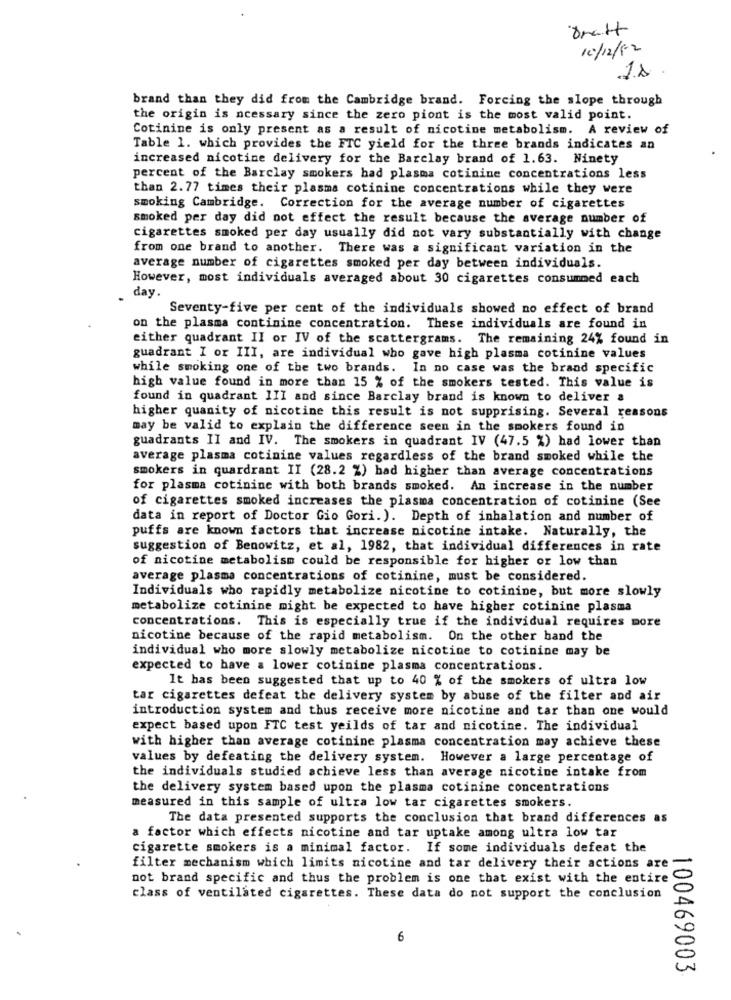
10/12/12
brand than they did from the Cambridge brand. Forcing the slope through
the origin is ncessary since the zero piont is the most valid point.
Cotinine is only present as a result of nicotine metabolism. A review of
Table 1. which provides the FTC yield for the three brands indicates an
increased nicotine delivery for the Barclay brand of 1.63. Ninety
percent of the Barclay smokers had plasma cotinine concentrations less
than 2.77 times their plasma cotinine concentrations while they were
smoking Cambridge. Correction for the average number of cigarettes
smoked per day did not effect the result because the average number of
cigarettes smoked per day usually did not vary substantially with change
from one brand to another. There was a significant variation in the
average number of cigarettes smoked per day between individuals.
However, most individuals averaged about 30 cigarettes consummed each
day.
Seventy-five per cent of the individuals showed no effect of brand
on the plasma continine concentration. These individuals are found in
either quadrant II or IV of the scattergrams. The remaining 24% found in
guadrant I or III, are individual who gave high plasma cotinine values
while smoking one of the two brands. In no case was the brand specific
high value found in more than 15 % of the smokers tested. This value is
found in quadrant III and since Barclay brand is known to deliver a
higher quanity of nicotine this result is not supprising. Several reasons
may be valid to explain the difference seen in the smokers found in
guadrants II and IV. The smokers in quadrant IV (47.5 %) had lower than
average plasma cotinine values regardless of the brand smoked while the
smokers in quardrant II (28.2 %) bad higher than average concentrations
for plasma cotinine with both brands smoked. An increase in the number
of cigarettes smoked increases the plasma concentration of cotinine (See
data in report of Doctor Gio Gori.). Depth of inhalation and number of
puffs are known factors that increase nicotine intake. Naturally, the
suggestion of Benowitz, et al, 1982, that individual differences in rate
of nicotine metabolism could be responsible for higher or low than
average plasma concentrations of cotinine, must be considered.
Individuals who rapidly metabolize nicotine to cotinine, but more slowly
metabolize cotinine might be expected to have higher cotinine plasma
concentrations. This is especially true if the individual requires more
nicotine because of the rapid metabolism. On the other hand the
individual who more slowly metabolize nicotine to cotinine may be
expected to have a lower cotinine plasma concentrations.
It has been suggested that up to 40 % of the smokers of ultra low
tar cigarettes defeat the delivery system by abuse of the filter and air
introduction system and thus receive more nicotine and tar than one would
expect based upon FTC test yeilds of tar and nicotine. The individual
with higher than average cotinine plasma concentration may achieve these
values by defeating the delivery system. However a large percentage of
the individuals studied achieve less than average nicotine intake from
the delivery system based upon the plasma cotinine concentrations
measured in this sample of ultra low tar cigarettes smokers.
The data presented supports the conclusion that brand differences as
a factor which effects nicotine and tar uptake among ultra low tar
cigarette smokers is a minimal factor. If some individuals defeat the
filter mechanism which limits nicotine and tar delivery their actions are
not brand specific and thus the problem is one that exist with the entire
class of ventilated cigarettes. These data do not support the conclusion
6
100469003